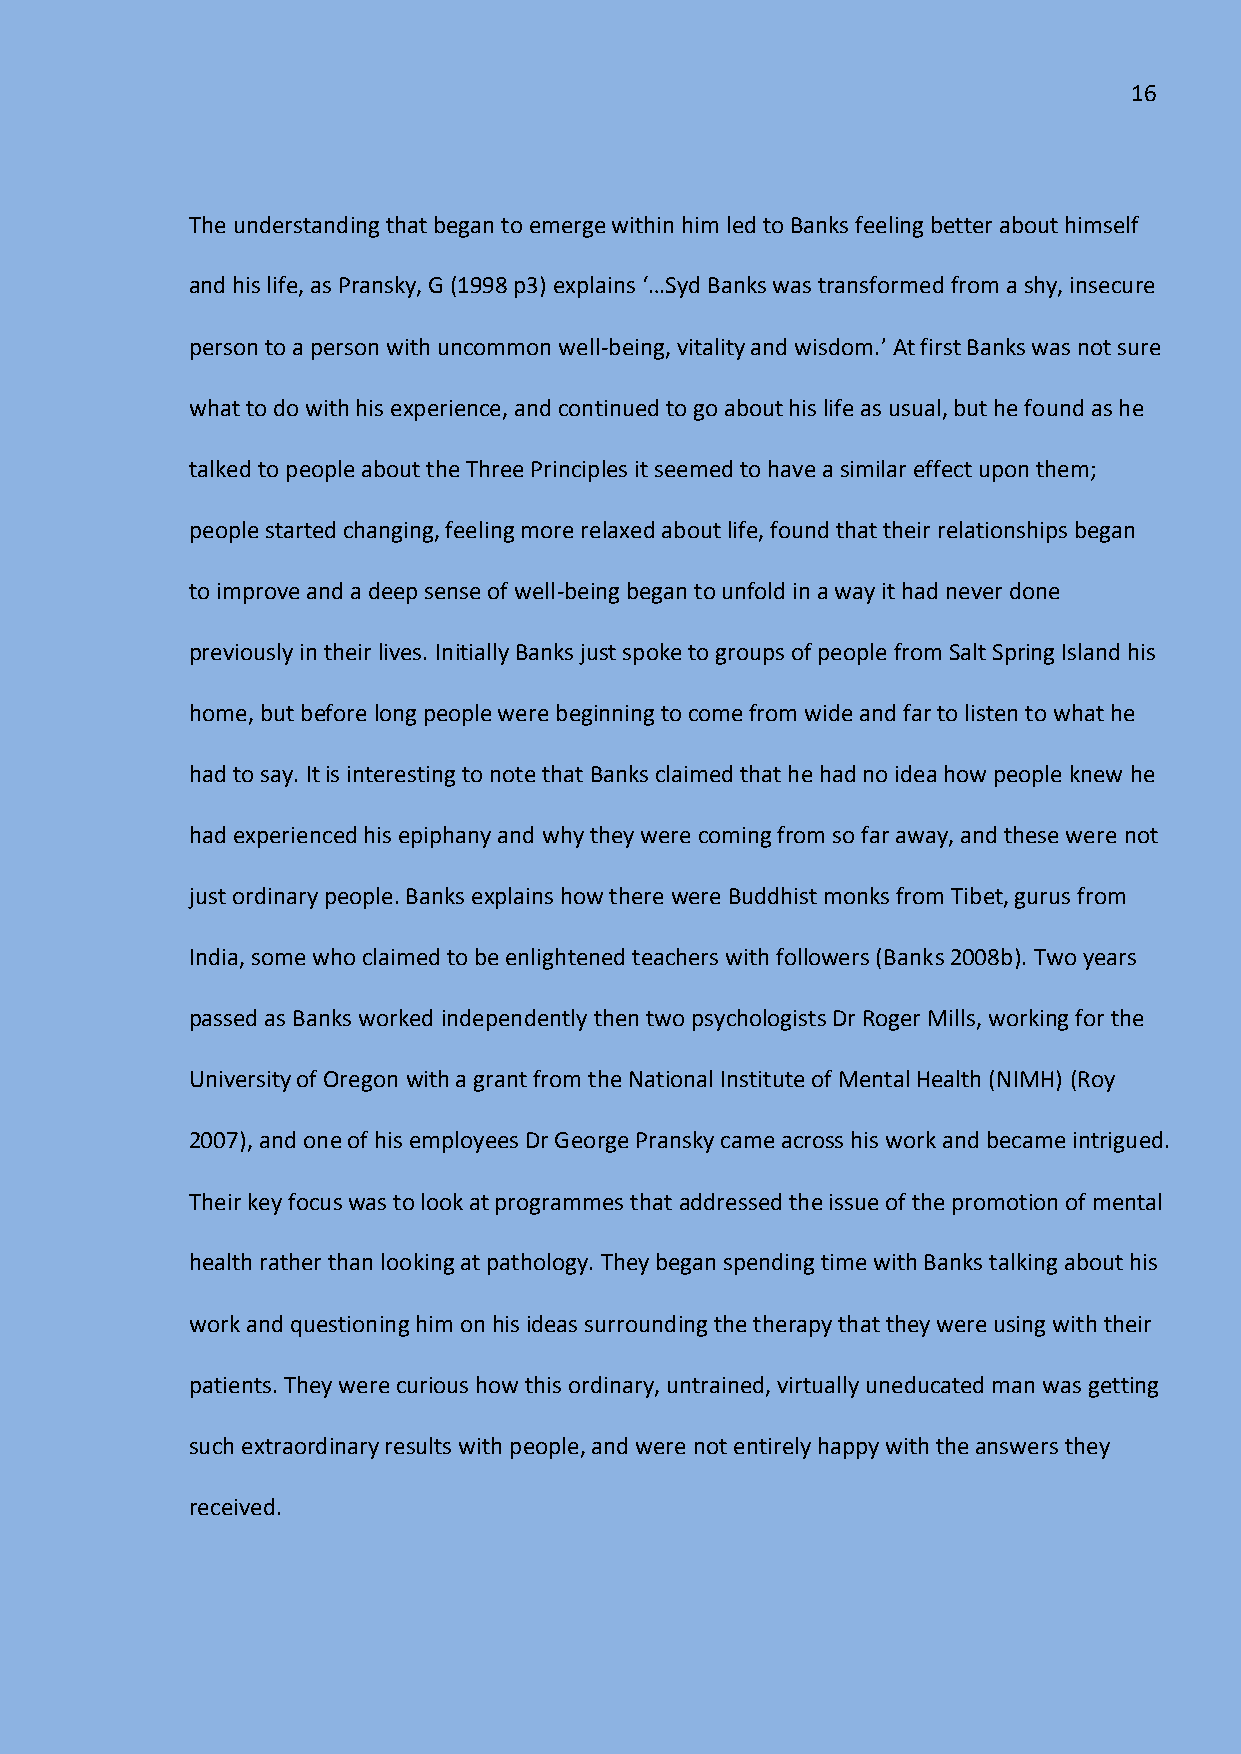
16
 The understanding that began to emerge within him led to Banks feeling better about himself
 and his life, as Pransky, G (1998 p3) explains ‘…Syd Banks was transformed from a shy, insecure
 person to a person with uncommon well-being, vitality and wisdom.’ At first Banks was not sure
 what to do with his experience, and continued to go about his life as usual, but he found as he
 talked to people about the Three Principles it seemed to have a similar effect upon them;
 people started changing, feeling more relaxed about life, found that their relationships began
 to improve and a deep sense of well-being began to unfold in a way it had never done
 previously in their lives. Initially Banks just spoke to groups of people from Salt Spring Island his
 home, but before long people were beginning to come from wide and far to listen to what he
 had to say. It is interesting to note that Banks claimed that he had no idea how people knew he
 had experienced his epiphany and why they were coming from so far away, and these were not
 just ordinary people. Banks explains how there were Buddhist monks from Tibet, gurus from
 India, some who claimed to be enlightened teachers with followers (Banks 2008b). Two years
 passed as Banks worked independently then two psychologists Dr Roger Mills, working for the
 University of Oregon with a grant from the National Institute of Mental Health (NIMH) (Roy
 2007), and one of his employees Dr George Pransky came across his work and became intrigued.
 Their key focus was to look at programmes that addressed the issue of the promotion of mental
 health rather than looking at pathology. They began spending time with Banks talking about his
 work and questioning him on his ideas surrounding the therapy that they were using with their
 patients. They were curious how this ordinary, untrained, virtually uneducated man was getting
 such extraordinary results with people, and were not entirely happy with the answers they
 received.